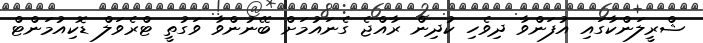
ޝްރީލަންކާގައި އުފަންވާ ދިވެހި ކުދިން ރާއްޖެ ގެނައުމަށް ބޭނުންވާ ވަގުތީ ޓްރެވަލް ޑޮކިއުމަންޓް